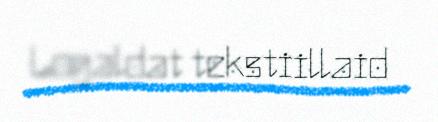
Logaldat tekstiillaid